Scottish Certificate of Education, 1963
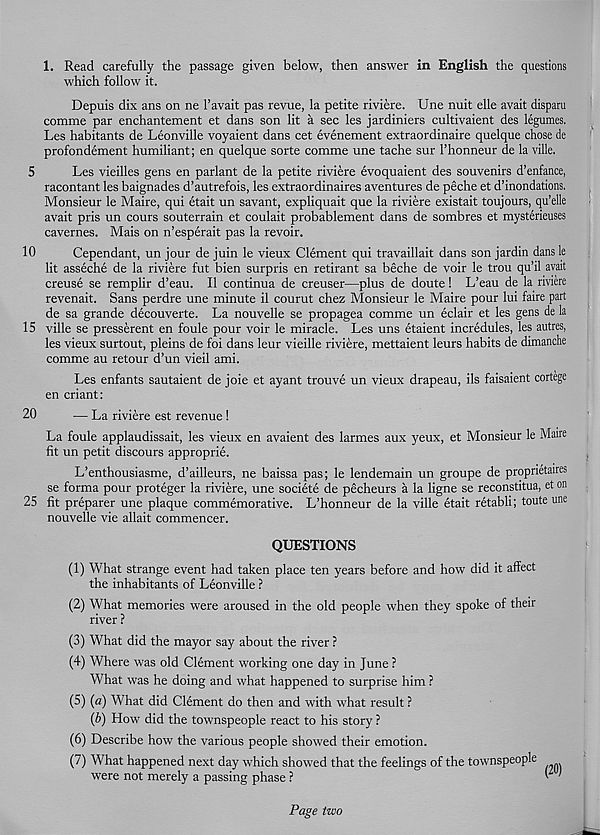
1. Read carefully the passage given below, then answer in English the questions
which follow it.
Depuis dix ans on ne 1’avait pas revue, la petite riviere. Une nuit elle avait disparu
comme par enchantement et dans son lit a sec les jardiniers cultivaient des legumes.
Les habitants de Leonville voyaient dans cet evenement extraordinaire quelque chose de
profondement humiliant; en quelque sorte comme une tache sur Fhonneur de la ville.
Les vieilles gens en parlant de la petite riviere evoquaient des souvenirs d’enfance,
racontant les baignades d’autrefois, les extraordinaires aventures de peche et d’inondations.
Monsieur le Maire, qui etait un savant, expliquait que la riviere existait toujours, qu’elle
avait pris un cours souterrain et coulait probablement dans de sombres et mysterieuses
cavernes. Mais on n’esperait pas la revoir.
Cependant, un jour de juin le vieux Clement qui travaillait dans son jardin dans le
lit asseche de la riviere fut bien surpris en retirant sa beche de voir le trou qu’il avait
creuse se remplir d’eau. II continua de creuser—plus de doute! L’eau de la riviere
revenait. Sans perdre une minute il courut chez Monsieur le Maire pour lui faire part
de sa grande decouverte. La nouvelle se propagea comme un eclair et les gens de la
ville se presserent en foule pour voir le miracle. Les uns etaient incredules, les autres,
les vieux surtout, pleins de foi dans leur vieille riviere, mettaient leurs habits de dimanche
comme au retour d’un vieil ami.
Les enfants sautaient de joie et ayant trouve un vieux drapeau, ils faisaient cortege
en criant:
•— La riviere est revenue !
La foule applaudissait, les vieux en avaient des larmes aux yeux, et Monsieur le Maire
fit un petit discours approprie.
L’enthousiasme, d’ailleurs, ne baissa pas; le lendemain un groupe de propnetaires
se forma pour proteger la riviere, une societe de pecheurs a la ligne se reconstitua, et on
fit preparer une plaque commemorative. L’honneur de la ville etait retabli; toute une
nouvelle vie allait commencer.
QUESTIONS
(1) What strange event had taken place ten years before and how did it affect
the inhabitants of Leonville ?
(2) What memories were aroused in the old people when they spoke of their
river ?
(3) What did the mayor say about the river ?
(4) Where was old Clement working one day in June ?
What was he doing and what happened to surprise him ?
(5) (a) What did Clement do then and with what result ?
(b) How did the townspeople react to his story ?
(6) Describe how the various people showed their emotion.
(7) What happened next day which showed that the feelings of the townspeople
were not merely a passing phase ?
(20)